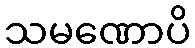
သမဏောပိ